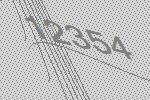
12354